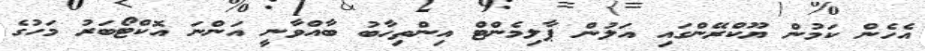
އެހެން ކަމުން ޔޫކްރޭންގައި އަލުން ޕާލިމެންޓް އިންތިހާބު ބާއްވާނީ އަންނަ އޮކްޓޯބަރު މަހުގެ